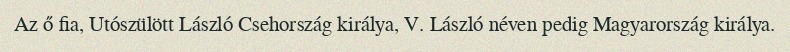
Az ő fia, Utószülött László Csehország királya, V. László néven pedig Magyarország királya.